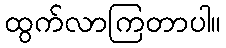
ထွက်လာကြတာပါ။